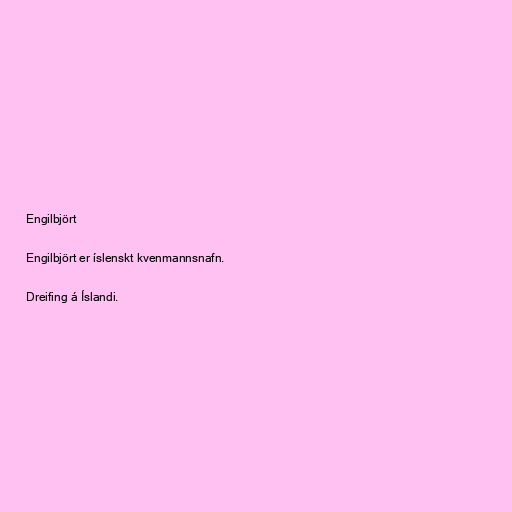
Engilbjört

Engilbjört er íslenskt kvenmannsnafn.

Dreifing á Íslandi.